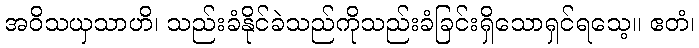
အဝိသယှသာဟိ၊ သည်းခံနိုင်ခဲသည်ကိုသည်းခံခြင်းရှိသောရှင်ရသေ့။ ဧတံ၊